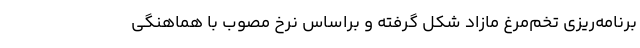
برنامه‌ریزی تخم‌مرغ مازاد شکل گرفته و براساس نرخ مصوب با هماهنگی